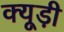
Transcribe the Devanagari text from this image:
क्यूड़ी